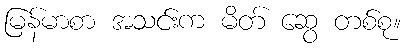
မြန်မာစာ အသင်းက မိတ် ဆွေ တစ်စု။